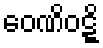
ဝေဏိဝဋ္ဋိ